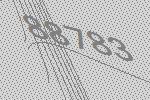
88783